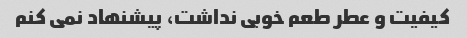
کیفیت و عطر طعم خوبی نداشت، پیشنهاد نمی کنم